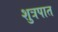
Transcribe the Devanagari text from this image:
शुत्रपात